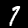
Label: 7